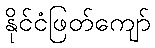
နိုင်ငံဖြတ်ကျော်